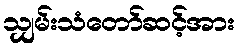
သျှမ်းသံတော်ဆင့်အား